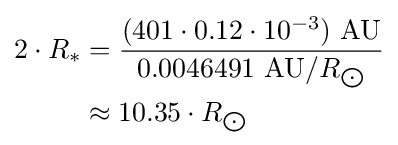
{\begin{aligned}2\cdot R_{*}&={\frac {(401\cdot 0.12\cdot 10^{-3})\ {\text{AU}}}{0.0046491\ {\text{AU}}/R_{\bigodot }}}\\&\approx 10.35\cdot R_{\bigodot }\end{aligned}}